Vital statistics of India. Vol. IV, Annual returns from 1871 to 1876. British Army of India, Native Army and jails of Bengal
Year: 1871
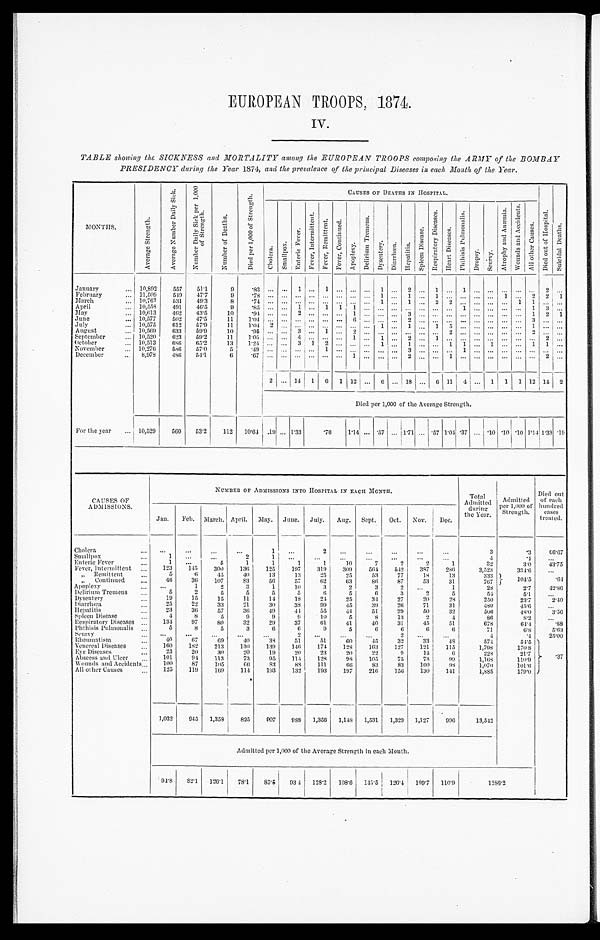
EUROPEAN TROOPS, 1874.
IV.
TABLE showing the SICKNESS and MORTALITY among the EUROPEAN TROOPS composing the ARMY of the BOMBAY
PRESIDENCY during the Year 1874, and the prevalence of the principal Diseases in each Month of the Year.
MONTHS.
A v e r a g e S t r e n g t h .
A v e r a g e N u m b e r D a i l y S i c k .
N u m b e r D a i l y S i c k p e r 1 , 0 0 0 o f S t r e n g t h .
N u m b e r o f D e a t h s .
D i e d p e r 1 , 0 0 0 o f S t r e n g t h .
CAUSES
CAUSES OF DEATHS IN HOSPITAL.
D i e d o u t o f H o s p i t a l .
S u i c i d a l De a t h s .
C h o l e r a .
S m a l l p o x .
E n t e r i c F e v e r .
F e v e r , I n t e r m i t t e n t .
F e v e r , R e m i t t e n t .
F e v e r , C o n t i n u e d .
A p o p l e x y .
D e l i r i u m T r e m e n s .
D y s e n t e r y .
Di a r r hœa .
H e p a t i t i s .
S p l e e n D i s e a s e .
R e s p i r a t o r y D i s e a s e s .
H e a r t D i s e a s e s .
P h t h i s i s P u l m o n a l i s .
D r o p s y .
Scurvy.
A t r o p h y a n d A n æ m i a . Wo u n d s a n d A c c i d e n t s .
A l l o t h e r C a u s e s .
January . . .
10,892
557
51.1
9
. 8 3
. . .
. . .
1
. . .
1
. . .
. . .
. . .
1 . . .
2 . . . 1
. . .
1
. . .. . . . . . . . .
. . . . . . 2
February . . .
11,509
549
47.7
9
. 7 8
. . .
. . .
. . .
. . .
. . .
. . .
. . .
. . .
1 . . .
1 . . . 1
. . .
. . .
. . .
1
. . .
2 2
1
March . . .
10,767
531
49.3
8
. 7 4
. . .
. . .
. . .
. . .
. . .
. . .
. . .
. . .
1 . . .
1 . . . 2
2
. . .
. . .. . . . . . 1
1 . . . . . .
April . . .
10,558
491
46.5
9
. 8 5
. . .
. . .
1
. . .
1
1
1
. . .
. . .. . .
. . .. . . . . . . . .
1
. . .. . . . . . . . .
1 3
. . .
May . . .
10,613
462
43.5
10
. 9 4
. . .
. . .
2
. . .
. . .
. . .
1
. . .
. . .. . .
3 . . . . . . . . .
. . .
. . .. . . . . . . . .
1 2
1
June . . .
10,577
502
47.5
1 1
1 . 0 4.
. .
. . .
. . .
. . .
. . .
. . .
6
. . .
. . .. . .
2 . . . . . . . . .
. . .
. . .. . . . . . . . .
3 . . . . . .
July . . .
10,575
6 1 2
57.9
11
1.04
2
. . .
. . .
. . .
. . .
. . .
. . .
. . .
1 . . .
1
. . . 1
5
. . .. . . . . . . . .
1 . . . . . .
August . . .
10,569
6 3 3
59.9
1 0
. 9 5
. . .
. . . 3
. . . 1
. . . 2
. . .
. . .. . .
. . .. . . . . .
. . .
2
. . .. . . . . . . . .
2 . . . . . .
September . . .
10,520
623
59.2
1 1
1 . 0 5
. . .
. . .
4
. . .
. . .
. . .
1
. . .
1 . . .
2 . . . 1
. . .
. . .
. . .. . . . . . . . .
. . . 2
. . .
October . . .
10,513
6 8 6
65. 2
13
1. 24
. . .
. . . 3
1
2
. . .
. . .
. . . 1 . . .
1 . . . . . .
1
1
. . . 1
. . . . . .
1 1
. . .
November . . .
10,276
586
57.0
5
. 4 9
. . .
. . .
. . .
. . .
1
. . .
. . .
. . .
. . .. . .
3 . . . . . .
. . .
. . .
. . .. . . . . . . . .
. . . . . . . . .
December . . .
8,978
486
54.1
6
. 6 7
. . .
. . .
. . .
. . .
. . .
. . .
1
. . .
. . .. . .
2
. . .
. . .
1
. . .. . . . . . . . .
. . .
2 . . .
2
. . . 14
1
6
1
1 2
. . . 6 11 18 . . .
6 11
4
. . . 1
1 1
12 14
2
Died per 1,000 of the Average Strength.
Per the year . . .
10,529
560
532
112
10.64
.19
. . . 1.33
. 7 6
1.14
. . . .57 1.04 1.71 . . . .57 1.04 .37
. . . .10 .10 .10
1 . 0 4
1. 33
.19
CAUSES OF
ADMISSIONS.
NUMBER OF ADMISSIONS INTO HOPITAL IN EACH MONTH.
Total
Addmitted
the Year.
Admitted
per 1,000 of
Strength
Died out
of each
hundred
cases
treated.
Jan.
Feb.
March. April.
May.
June.
July.
Aug.
Sept.
Oct.
Nov.
Dec.
Cholera . . .
. . .
. . .
. . .
. . .
1
. . .
2
. . .
. . .
. . .
. . .
. . .
3
.3
66.67
Smallpox . . .
1
. . . .
. . .
2
1
. . .
. . .
. . .
. . .
. . .
. . .
. . .
4
.4
. . .
Enteric Fever . . .
1
. . .
5
1
1
1
1
10
7
2
2
1
32
3-0
43.75
Fever, Intermittent . . .
123
145
300
136
125
107
319
309
564
542
387
286
3,523
334.6
. . .
Remittent . . .
5
6
. 4 5
40
13
13
25
25
53
77
18
13
333
104 . 5
.64
" C o n t i n u e d . . .
46
36
107
83
56
57
62
63
86
87
53
31
767
Apoplexy . . .
. . .
1
2
3
1
70
3
2
3
2
. . .
1
28
2.7
42.86
Delirium Tremens . . .
5
2
5
5
5
5
6
5
6
3
2
5
54
5.1
. . .
Dysentery . . .
19
15
15
11
14
18
24
25
34
27
20
28
250
23.7
2.40
Diarrhœa . . .
2 5
22
33
21
30
38
99
45
39
26
71
3 1
480
45.6
. . .
Hepatitis . . .
23
36
57
36
49
44
55
44
51
29
50
32
506
48.0
3.56
Spleen Diseas . . .
4
8
5
9
9
9
10
5
8
13
2
4
86
8.2
. . .
R e s p i r a t o r y D i s e a s e s . . .
134
97
80
32
29
37
61
41
40
31
45
51
678
64.4
88
Phthisis Pulmonalis . . .
5
8
5
3
6
6
9
5
6
6
6
6
71
6.8
5.63
scurvy . . .
. . .
. . .
. . .
. . .
. . .
2
. . .
. . .
. . .
. . . 2
. . .
. . .
4
.4
25.00
Rheumatism . . .
4 0
67
69
. 4 0
38
51
51
6 0
45
32
33
48
574
54.5 .37
Venereal Diseases . . .
100
182
213
130
139
1.46
174
128
163
127
121
115
1,798
170 8
Eye Diseases . . .
25
20
30
20
19
20
23
20
22
9
14
6
228
2 1 . 7
Abscess and Ulcer . . .
101
9 4
113
73
95
114
120
98
105
7
7 3
9 9 1,168
110.9
Wounds and Accidents . . .
100
87
105
6 6
83
88
111
6 6
83
83
100
9 8
1,070
101.6
All other Causes . . .
125
119
169
114
193
132
193
197
216
156
130
141
1,885
179.0
1,032
945
1,358
825
907
988
1,356
1,148
1,531
1,329
1,127
996
13,542
Admitted per 1,000 of the Average Strength in each Month.
94.8
82.1
126.1
78.1
85.5
93 4
128.2
108.6
145.5
126.4
109.7
110.9
1286.2